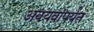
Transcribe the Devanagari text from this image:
अवयवांपर्यंत